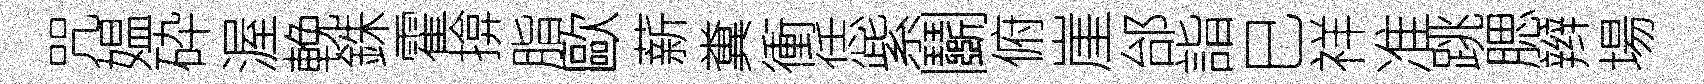
咒媪砕渥輓銖霍揜脂歐薪糞衝恁紫鬬俯崖邰詣巳祥准跳腮辫場